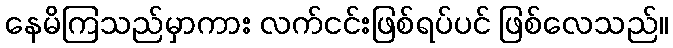
နေမိကြသည်မှာကား လက်ငင်းဖြစ်ရပ်ပင် ဖြစ်လေသည်။